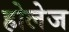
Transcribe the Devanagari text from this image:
होलेज